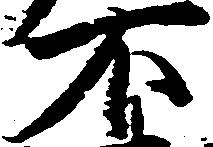
不